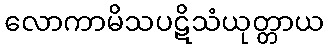
လောကာမိသပဋိသံယုတ္တာယ